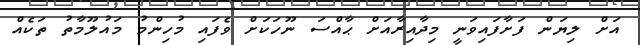
އަށް ލިޔަން ފަށާފައިވަނީ މިދާއިރާއަށް ޙާއްސަ ނޫހަކަށް ވެފައި މުހިންމު މައުލޫމާތު ތަކެއް